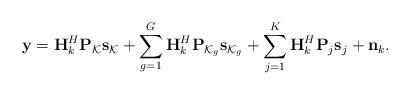
LaTeX: \begin{align*} \mathbf{y} =\mathbf{H}_k^H\mathbf{P}_{\mathcal{K}}\mathbf{s}_{\mathcal{K}}+\sum_{g=1}^{G}\mathbf{H}_k^H\mathbf{P}_{\mathcal{K}_g}\mathbf{s}_{\mathcal{K}_g}+\sum_{j=1}^{K}\mathbf{H}_k^H\mathbf{P}_{j}\mathbf{s}_{j}+\mathbf{n}_k.\end{align*}